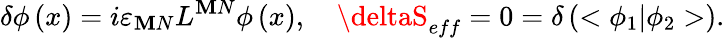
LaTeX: \delta\phi\left(x\right)=i\varepsilon_{\mathbf{M}N}L^{\mathbf{M}N}\phi\left(x\right),\quad\deltaS_{eff}=0=\delta\left(<\phi_{1}|\phi_{2}>\right).